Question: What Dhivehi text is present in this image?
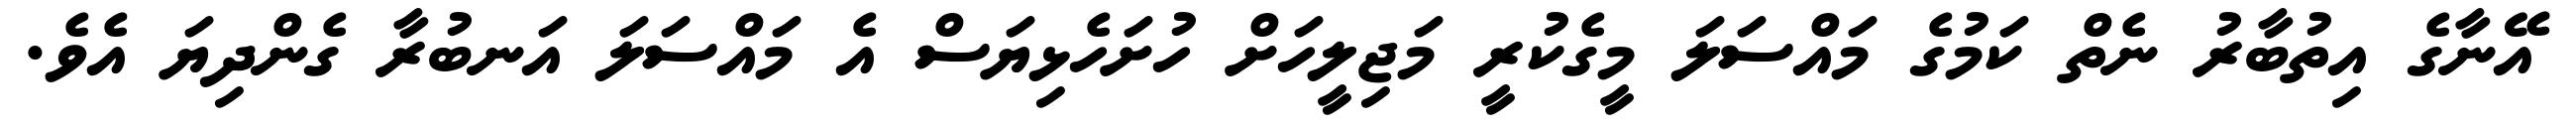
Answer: އޭނާގެ އިތުބާރު ނެތް ކަމުގެ މައްސަލަ މީގެކުރީ މަޖިލީހަށް ހުށަހެޅިޔަސް އެ މައްސަލަ އަނބުރާ ގެންދިޔަ އެވެ.